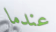
عندما